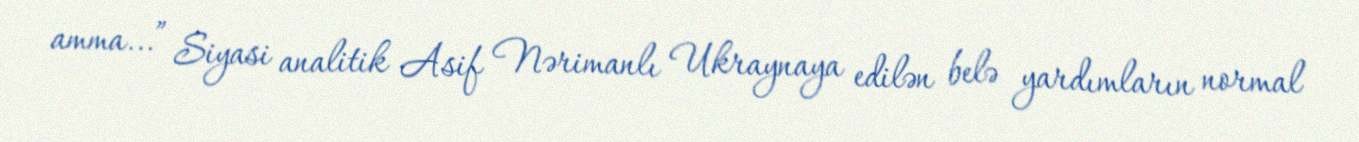
amma...” Siyasi analitik Asif Nərimanlı Ukraynaya edilən belə yardımların normal